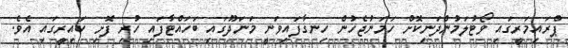
ޕްރައިމަރީގައި ވޯޓުލަމުންދަނިކޮށް ހަމަނުޖެހުން ހިނގާފައިވަނީ މަނަދޫގައި ބަހައްޓާފައި ހުރި ފޮށި ކައިރީގައި އެވެ.